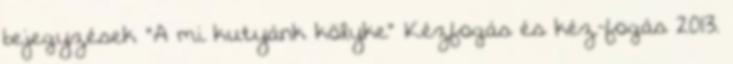
bejegyzések "A mi kutyánk kölyke" Kézfogás és kéz-fogás 2013.